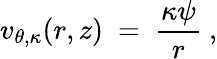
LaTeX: v_{\theta,\kappa}(r,z)\ =\ \frac{\kappa\psi}{r}~,